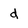
Character: d